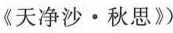
《天净沙·秋思》